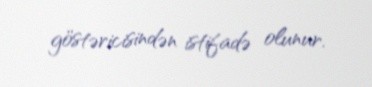
göstəricisindən istifadə olunur.